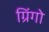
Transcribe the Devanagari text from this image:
ग्रिंगो